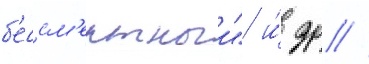
б'ессм'ертныи" и́ др //